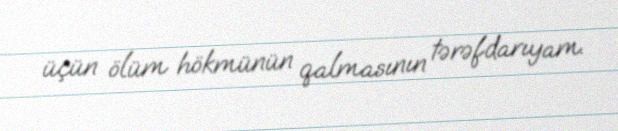
üçün ölüm hökmünün qalmasının tərəfdarıyam.